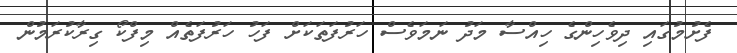
ފެށުމުގައި ދިވެހިންގެ ހިއްސާ މަދު ނަމަވެސް ހަރުފަތަކަށް ފަހު ހަރުފަތެއް މިފްކޯ ގިރާކުރަމުން